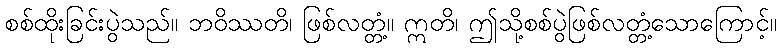
စစ်ထိုးခြင်းပွဲသည်။ ဘဝိဿတိ၊ ဖြစ်လတ္တံ့။ ဣတိ၊ ဤသို့စစ်ပွဲဖြစ်လတ္တံ့သောကြောင့်။